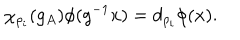
LaTeX: \chi _ { \rho _ { i } } ( g _ { A } ) \phi ( g ^ { - 1 } x ) = d _ { \rho _ { i } } \phi ( x ) .